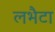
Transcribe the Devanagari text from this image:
लभैटा